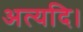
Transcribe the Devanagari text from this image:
अत्यदि।